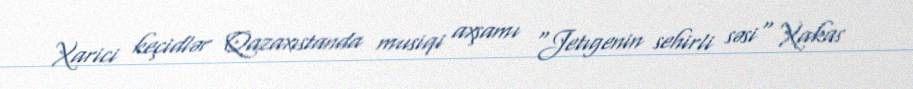
Xarici keçidlər Qazaxıstanda musiqi axşamı "Jetıgenin sehirli səsi" Xakas